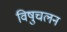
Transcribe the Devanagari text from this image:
विषुचलन